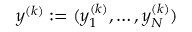
y ^ { ( k ) } : = ( y _ { 1 } ^ { ( k ) } , \ldots , y _ { N } ^ { ( k ) } )